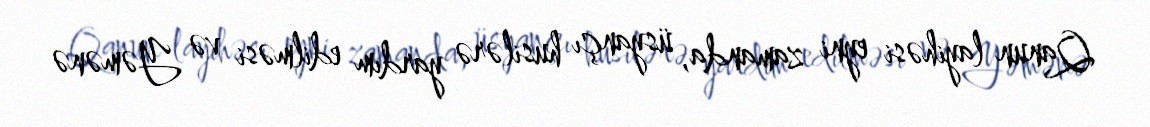
Qanun layihəsi eyni zamanda, üsyançı husilərə yardım edilməsi və Yəmənə